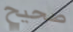
صحيح